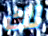
لك